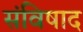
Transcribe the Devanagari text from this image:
संविषाद